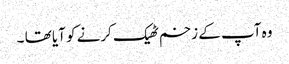
وہ آپ کے زخم ٹھیک کرنے کو آیا تھا ۔